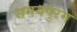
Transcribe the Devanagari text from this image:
समयपुरम